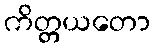
ကိတ္တယတော